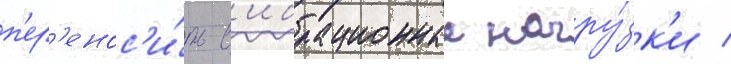
п'ер'енос'и́ть в'ибрационные нагру́зк'и /